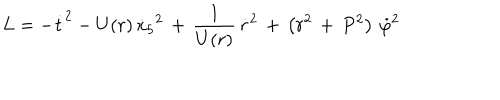
L = - { \dot { t } } ^ { 2 } - U ( r ) \, { \dot { x } _ { 5 } } ^ { 2 } \, + \, \frac { 1 } { U ( r ) } \, { \dot { r } } ^ { 2 } \, + \, \left( r ^ { 2 } \, + \, P ^ { 2 } \right) \, { \dot { \varphi } } ^ { 2 }